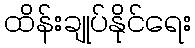
ထိန်းချုပ်နိုင်ရေး